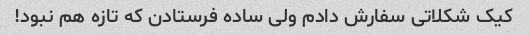
کیک شکلاتی سفارش دادم ولی ساده فرستادن که تازه هم نبود!